Vaccination North-Western Provinces and Oudh 1878-1895 - 1878-1895
Year: 1878
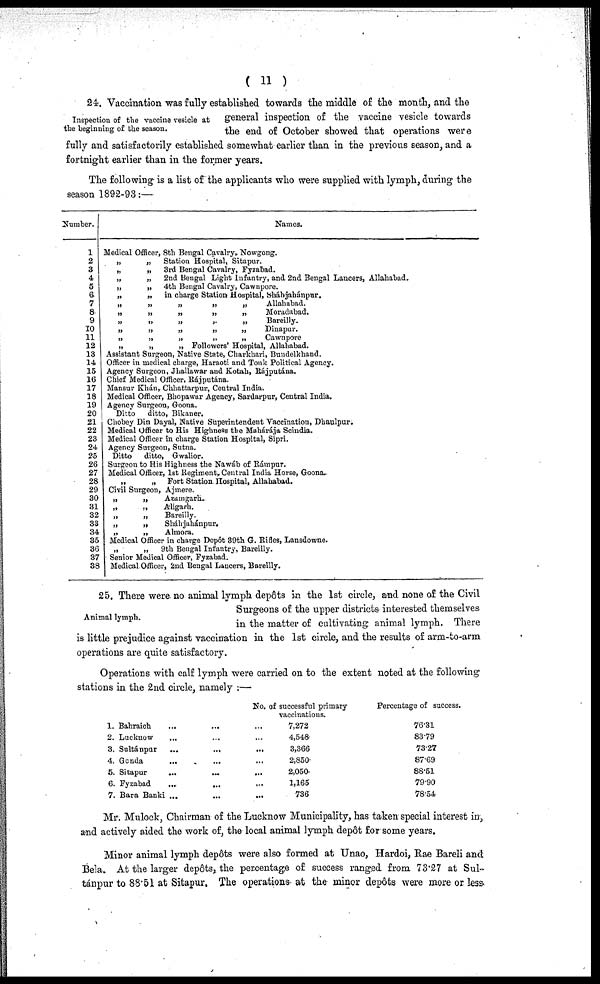
( 11 )
Inspection of the vaccine vesicle at
the beginning of the season.
24. Vaccination was fully established towards the middle of the month, and the
general inspection of the vaccine vesicle towards
the end of October showed that operations were
fully and satisfactorily established somewhat earlier than in the previous season, and a
fortnight earlier than in the former years.
The following is a list of the applicants who were supplied with lymph, during the
season 1892-93:—
Number.
1
2
3
4
5
6
7
8
9
10
11
12
13
14
15
16
17
18
19
20
21
22
23
24
25
26
27
28
29
30
31
32
33
34
35
36
37
38
Names.
Medical Officer, 8th Bengal Cavalry, Nowgong.
„
„
Station Hospital, Sitapur.
„
„
3rd Bengal Cavalry, Fyzabad.
„
„
2nd Bengal Light Infantry, and 2nd Bengal Lancers, Allahabad.
„
„
4th Bengal Cavalry, Cawnpore.
„
„
in charge Station Hospital, Sháhjahánpur.
„
„
„
„
„
Allahabad.
„
„
„
„
„
Moradabad.
„
„
„
„
„
Bareilly.
„
„
„
„
„
Dinapur.
„
„
„
„
„
Cawnpore
„
„
„ Followers' Hospital, Allahabad.
Assistant Surgeon, Native State, Charkhari, Bundelkhand.
Officer in medical charge, Haraoti and Tonk Political Agency.
Agency Surgeon, Jhallawar and Kotah, Rájputána.
Chief Medical Officer, Rájputána.
Mansur Khán, Chhattarpur, Central India.
Medical Officer, Bhopawar Agency, Sardarpur, Central India.
Agency Surgeon, Goona.
Ditto
ditto, Bikaner.
Chobey Din Dayal, Native Superintendent Vaccination, Dhaulpur.
Medical Officer to His Highness the Mahárája Scindia.
Medical Officer in charge Station Hospital, Sipri.
Agency Surgeon, Sutna.
Ditto
ditto, Gwalior.
Surgeon to His Highness the Nawáb of Rámpur.
Medical Officer, 1st Regiment, Central India Horse, Goona.
„
„ Fort Station. Hospital, Allahabad.
Civil Surgeon, Ajmere.
„
„
Azamgarh.
„
„
Aligarh.
„
„
Bareilly.
„
„
Sháhjahánpur.
,.
„
Almora.
Medical Officer in charge Depôt 39th G. Rifles, Lansdowne.
„
„
9th Bengal Infantry Bareilly.
Senior Medical Officer, Fyzabad.
Medical Officer, 2nd Bengal Lancers, Bareilly.
Animal lymph.
25. There were no animal lymph depôts in the 1st circle, and none of the Civil
Surgeons of the upper districts interested themselves
in the matter of cultivating animal lymph. There
is little prejudice against vaccination in the 1st circle, and the results of arm-to-arm
operations are quite satisfactory.
Operations with calf lymph were carried on to the extent noted at the following
stations in the 2nd circle, namely :—
1. Bahraich
... ...
2. Lucknow ... ...
3. Sultánpur
...
...
4. Gonda
... ...
5. Sitapur ... ...
6. Fyzabad
...
...
7. Bara Banki ... ...
No. of successful primary
vaccinations.
... 7,272
... 4,548
... 3,366
... 2,850.
... 2,050.
... 1,165
... 736
Percentage of success.
76.31
83.79
73.27
87.69
88.51
79.90
78.54
Mr. Mulock, Chairman of the Lucknow Municipality, has taken special interest in,
and actively aided the work of, the local animal lymph depôt for some years.
Minor animal lymph depôts were also formed at Unao, Hardoi, Rae Bareli and
Bela. At the larger depôts, the percentage of success ranged from 73.27 at Sul-
tánpur to 88.51 at Sitapur. The operations at the minor depôts were more or less